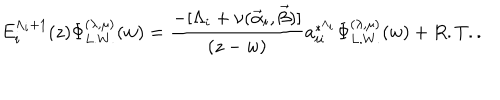
E _ { i } ^ { \Lambda _ { i } + 1 } ( z ) \Phi _ { L . W . } ^ { ( \lambda , \mu ) } ( w ) = \frac { - [ \Lambda _ { i } + \nu ( \vec { \alpha } _ { i } , \vec { \beta } ) ] } { ( z - w ) } a _ { i i } ^ { * ^ { \Lambda _ { i } } } \Phi _ { L . W . } ^ { ( \lambda , \mu ) } ( w ) + R . T . .